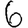
Digit: 6